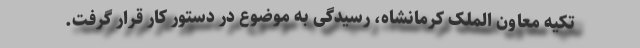
تکیه معاون الملک کرمانشاه، رسیدگی به موضوع در دستور کار قرار گرفت.